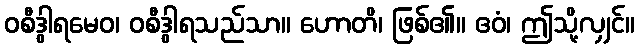
ဝစီဒွါရမေဝ၊ ဝစီဒွါရသည်သာ။ ဟောတိ၊ ဖြစ်၏။ ဧဝံ၊ ဤသို့လျှင်။